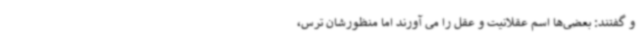
و گفتند: بعضی‌ها اسم عقلانیت و عقل را می آورند اما منظورشان ترس،